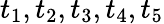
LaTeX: t_{1},t_{2},t_{3},t_{4},t_{5}